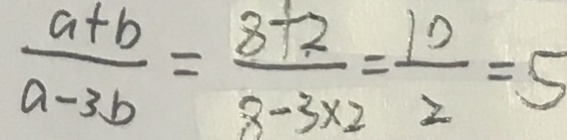
\frac { a + b } { a - 3 b } = \frac { 8 + 2 } { 8 - 3 \times 2 } = \frac { 1 0 } { 2 } = 5